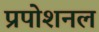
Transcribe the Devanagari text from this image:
प्रपोशनल